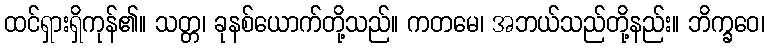
ထင်ရှားရှိကုန်၏။ သတ္တ၊ ခုနစ်ယောက်တို့သည်။ ကတမေ၊ အဘယ်သည်တို့နည်း။ ဘိက္ခဝေ၊